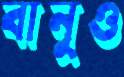
বানুও